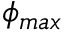
\phi _ { m a x }